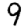
Digit: 9